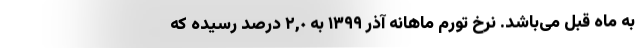
به ماه قبل می‌باشد. نرخ تورم ماهانه آذر ١٣٩٩ به ٢,٠ درصد رسیده که